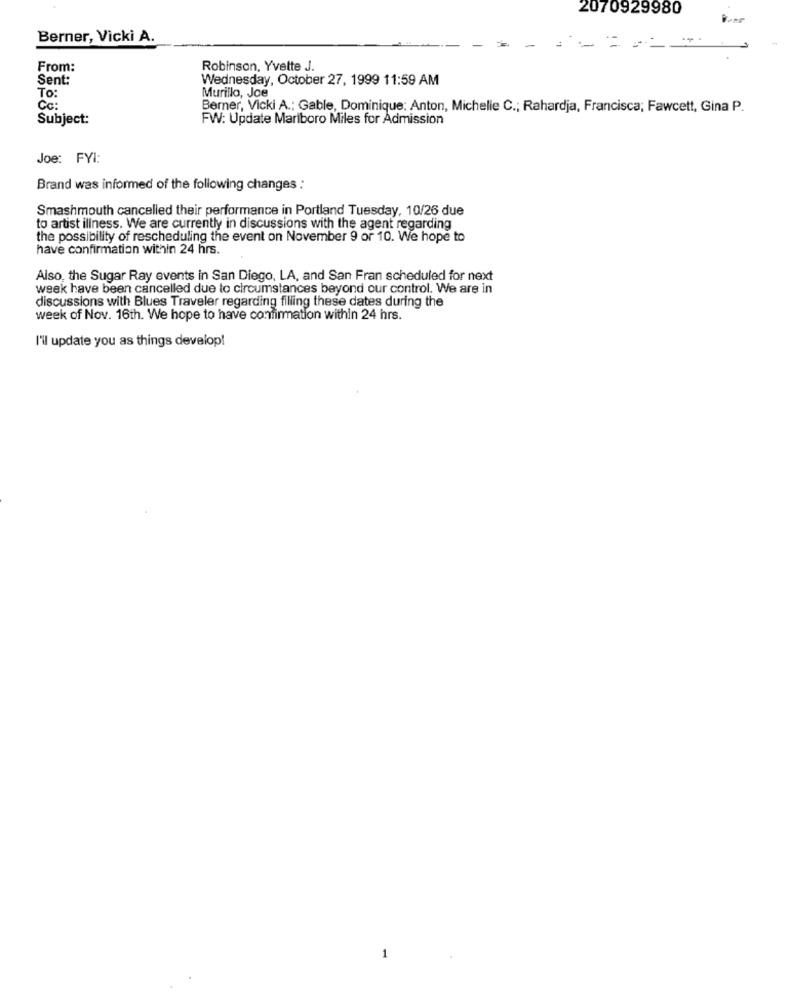
2070929980
Berner, Vicki A.
From:
Robinson, Yvette J.
Sent:
Wednesday, October 27, 1999 11:59 AM
To:
Murillo, Joe
Cc:
Berner, Vicki A .; Gable, Dominique: Anton, Michelle C .; Rahardja, Francisca; Fawcett, Gina P.
Subject:
FW: Update Mariboro Miles for Admission
Joe: FYI:
Brand was informed of the following changes :
Smashmouth cancelled their performance in Portland Tuesday, 10/26 due
to artist illness. We are currently in discussions with the agent regarding
the possibility of rescheduling the event on November 9 or 10. We hope to
have confirmation within 24 hrs.
Also, the Sugar Ray events in San Diego, LA, and San Fran scheduled for next
week have been cancelled due to circumstances beyond our control. We are in
discussions with Blues Traveler regarding filling these dates during the
week of Nov. 16th. We hope to have confirmation within 24 hrs.
I'll update you as things develop!